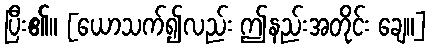
ပြီး၏။ [ယောသက်၍လည်း ဤနည်းအတိုင်း ချေ။]